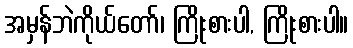
အမှန်ဘဲကိုယ်တော်၊ ကြိုးစားပါ, ကြိုးစားပါ။